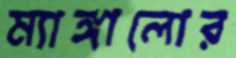
ম্যাঙ্গালোর